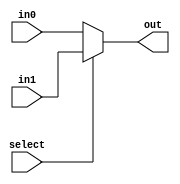

module mux2(in1, in0, select, out);
	input select;
	input [31:0] in1, in0;
	output [31:0] out;
	assign out = select ? in1 : in0;


endmodule